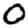
Digit: 0